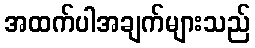
အထက်ပါအချက်များသည်